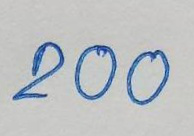
200